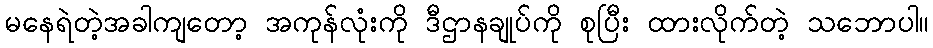
မနေရဲတဲ့အခါကျတော့ အကုန်လုံးကို ဒီဌာနချုပ်ကို စုပြီး ထားလိုက်တဲ့ သဘောပါ။